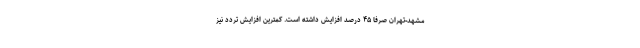
مشهد-تهران صرفاً ۴۵ درصد افزایش داشته است. کمترین افزایش تردد نیز